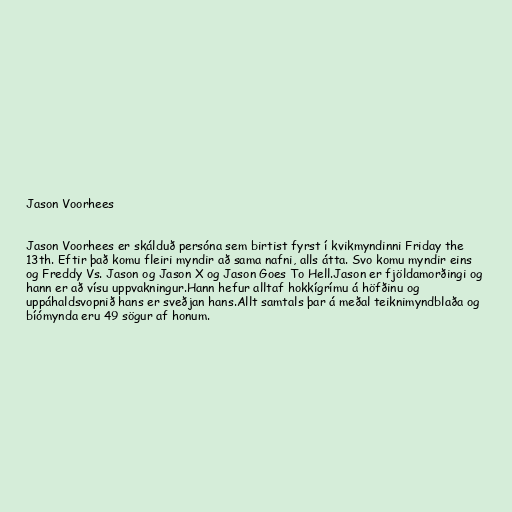
Jason Voorhees

Jason Voorhees er skálduð persóna sem birtist fyrst í kvikmyndinni Friday the
13th. Eftir það komu fleiri myndir að sama nafni, alls átta. Svo komu myndir eins
og Freddy Vs. Jason og Jason X og Jason Goes To Hell.Jason er fjöldamorðingi og
hann er að vísu uppvakningur.Hann hefur alltaf hokkígrímu á höfðinu og
uppáhaldsvopnið hans er sveðjan hans.Allt samtals þar á meðal teiknimyndblaða og
bíómynda eru 49 sögur af honum.